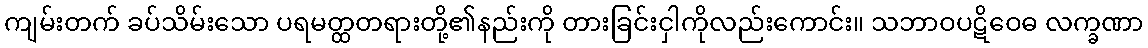
ကျမ်းတက် ခပ်သိမ်းသော ပရမတ္ထတရားတို့၏နည်းကို တားခြင်းငှါကိုလည်းကောင်း။ သဘာဝပဋိဝေဓ လက္ခဏာ